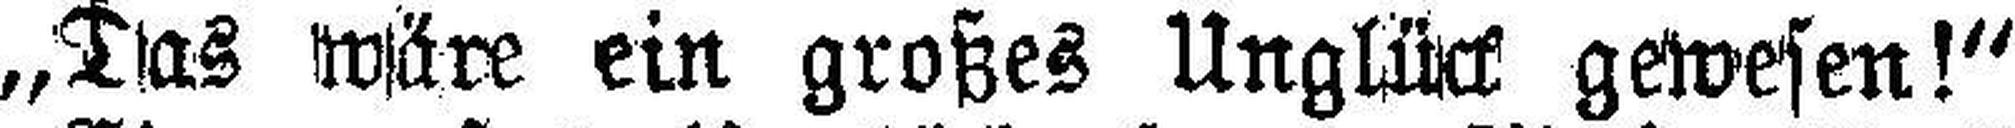
„Das wäre ein großes Unglück gewesen!“